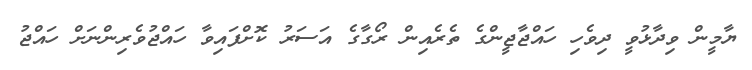
ޔާމީން ވިދާޅުވީ ދިވެހި ހައްޖާޖީންގެ ތެރެއިން ރޯގާގެ އަސަރު ކޮށްފައިވާ ހައްޖުވެރިންނަށް ހައްޖު